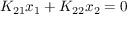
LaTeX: K _ { 2 1 } x _ { 1 } + K _ { 2 2 } x _ { 2 } = 0